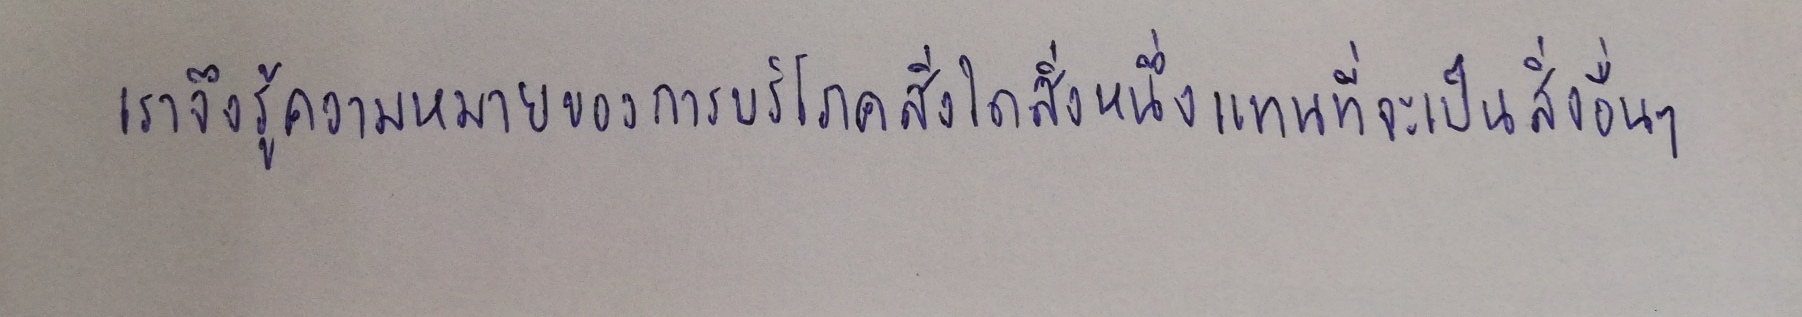
เราจึงรู้ความหมายของการบริโภคสิ่งใดสิ่งหนึ่งแทนที่จะเป็นสิ่งอื่นๆ